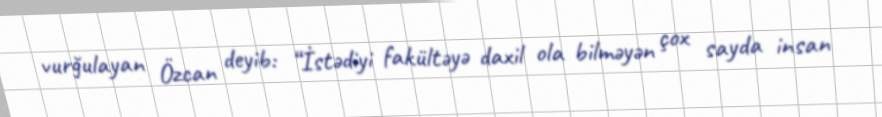
vurğulayan Özcan deyib: “İstədiyi fakültəyə daxil ola bilməyən çox sayda insan